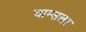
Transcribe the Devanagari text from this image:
चाम्सलर